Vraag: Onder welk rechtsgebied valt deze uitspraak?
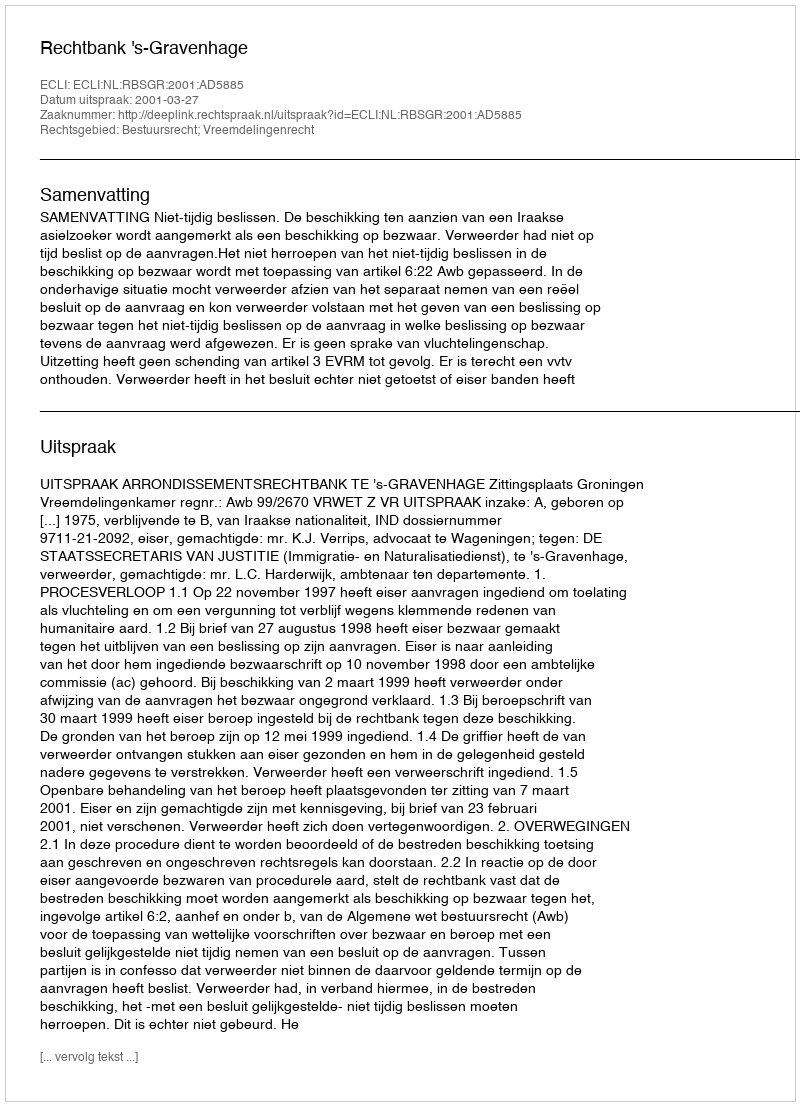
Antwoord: Bestuursrecht; Vreemdelingenrecht